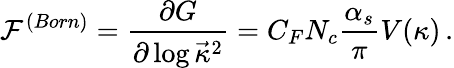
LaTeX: {\cal F}^{(Born)}={\frac{\partial G}{\partial\log\vec{\kappa}^{2}}}=C_{F}N_{c}{\frac{\alpha_{s}}{\pi}}V(\kappa)\, .